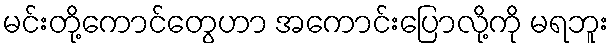
မင်းတို့ကောင်တွေဟာ အကောင်းပြောလို့ကို မရဘူး